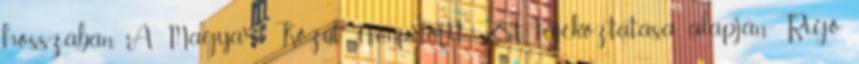
hosszában. A Magyar Közút Nonprofit Zrt. tájékoztatása alapján Rigó